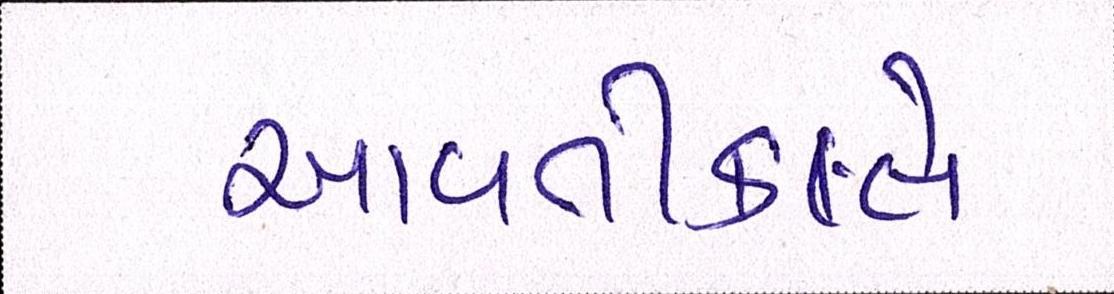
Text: આવતીકાલે